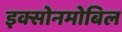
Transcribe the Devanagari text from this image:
इक्सोनमोबिल